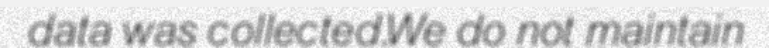
data was collected.We do not maintain